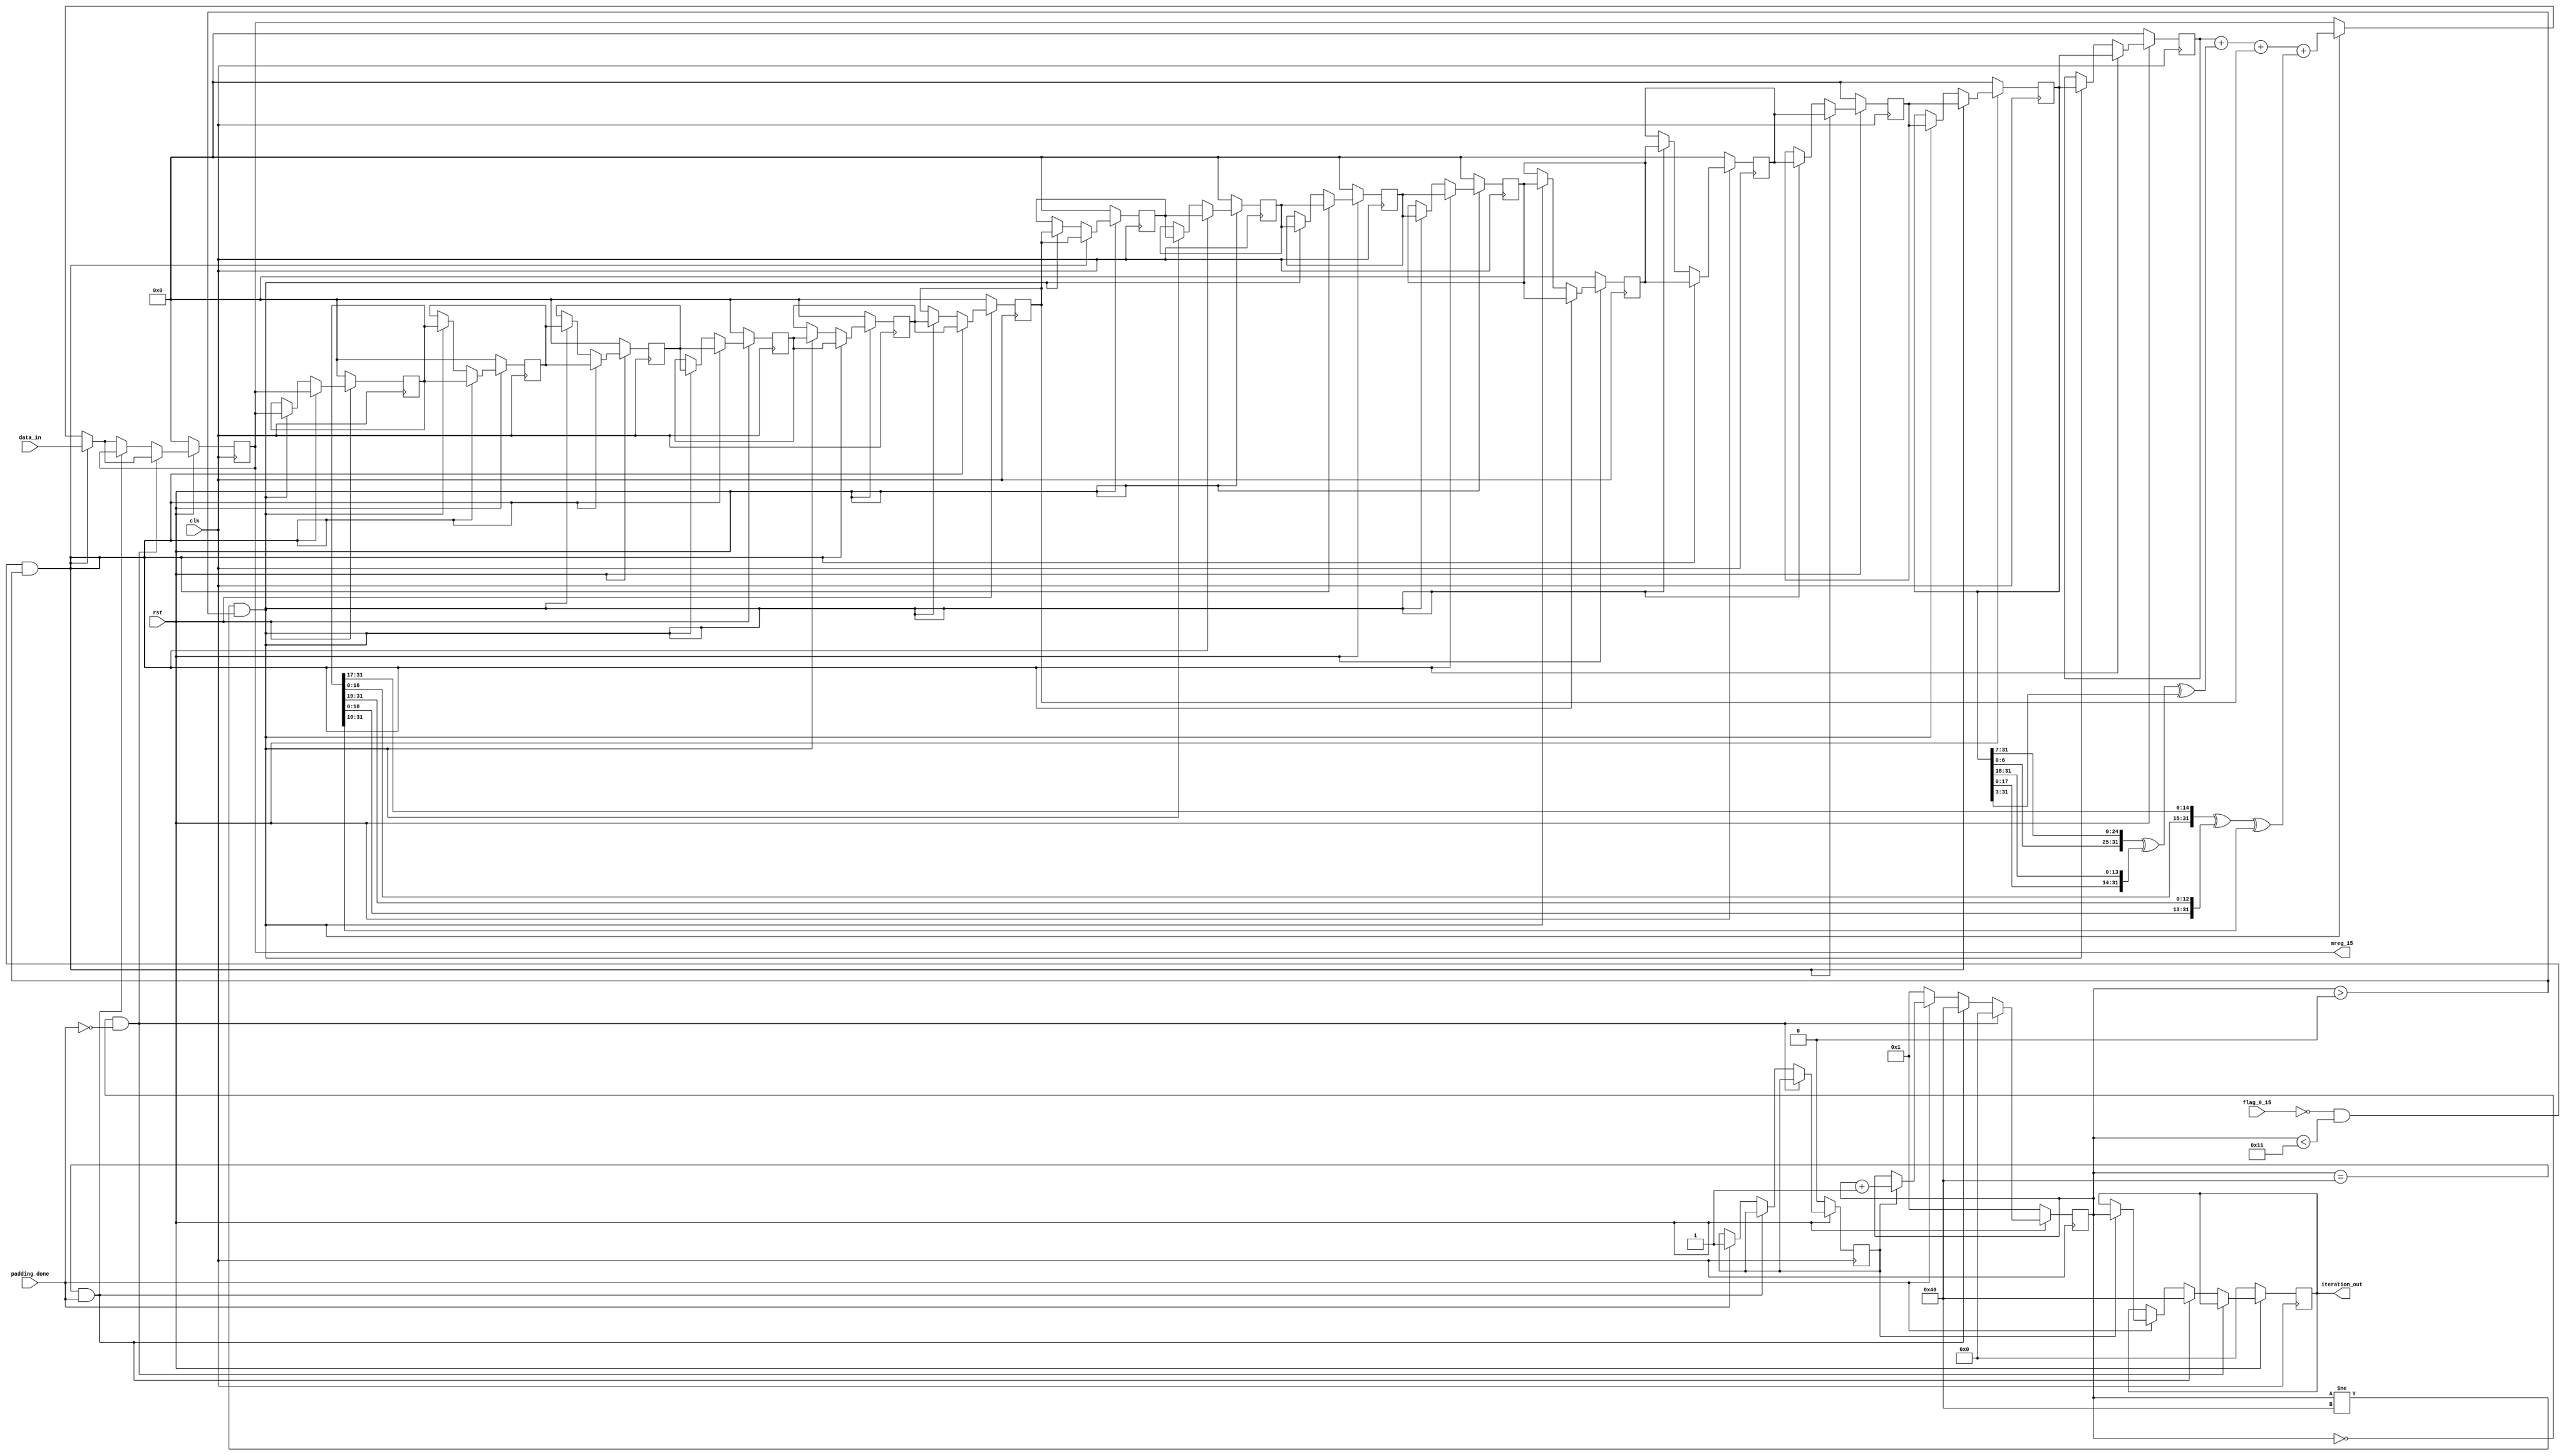
`timescale 1ns / 1ps
//////////////////////////////////////////////////////////////////////////////////
// Company: 
// Engineer: 
// 
// Design Name: 
// Module Name:    m_scheduler 
// Project Name: 
// Target Devices: 
// Tool versions: 
// Description: 
//
// Dependencies: 
//
// Revision: 
// Revision 0.01 - File Created
// Additional Comments: 
//
//////////////////////////////////////////////////////////////////////////////////
module m_scheduler(input clk,rst,flag_0_15,padding_done,input [31:0] data_in,
							output reg [31:0] mreg_15,output reg [6:0] iteration_out
					);  //counter counter_iteration out to increment addresses of 4 pointr from 512-block 
		
		
		reg temp_case;
		reg [6:0] counter_iteration;
		(*S="TRUE"*) reg [31:0] mreg_0,mreg_1,mreg_2,mreg_3,mreg_4,mreg_5,mreg_6,mreg_7,mreg_8,mreg_9,mreg_10,mreg_11,mreg_12,mreg_13,mreg_14;
		wire [31:0] sigma_0,sigma_1,m_in_mreg15;
		
		assign sigma_0=({mreg_1[6:0],mreg_1[31:7]} ^ {mreg_1[17:0],mreg_1[31:18]} ^ mreg_1[31:0]>>2'b11);
		assign sigma_1=({mreg_14[16:0],mreg_14[31:17]} ^ {mreg_14[18:0],mreg_14[31:19]} ^ mreg_14[31:0]>>4'b1010);
		assign m_in_mreg15=(mreg_0 + sigma_0 + mreg_9 + sigma_1);
		always@(posedge clk)
		begin
		if(rst==0)
		begin
		temp_case<=1'b0;
		iteration_out<=7'd0;
		counter_iteration<=7'd1;
		mreg_15<=32'd0;
		mreg_14<=32'd0;
		mreg_13<=32'd0;
		mreg_12<=32'd0;
		mreg_11<=32'd0;
		mreg_10<=32'd0;
		mreg_9<=32'd0;
		mreg_8<=32'd0;
		mreg_7<=32'd0;
		mreg_6<=32'd0;
		mreg_5<=32'd0;
		mreg_4<=32'd0;
		mreg_3<=32'd0;
		mreg_2<=32'd0;
		mreg_1<=32'd0;
		mreg_0<=32'd0;
		end
		else
		begin
		if(flag_0_15==0 && counter_iteration<17 && counter_iteration>0)
		begin
		mreg_15<=data_in;
		mreg_14<=mreg_15;
		mreg_13<=mreg_14;
		mreg_12<=mreg_13;
		mreg_11<=mreg_12;
		mreg_10<=mreg_11;
		mreg_9<=mreg_10;
		mreg_8<=mreg_9;
		mreg_7<=mreg_8;
		mreg_6<=mreg_7;
		mreg_5<=mreg_6;
		mreg_4<=mreg_5;
		mreg_3<=mreg_4;
		mreg_2<=mreg_3;
		mreg_1<=mreg_2;
		mreg_0<=mreg_1;
		end
		else				//flag_0_15==1 when all the 32 bit data_in from 32*16=512block has received
		begin
		if(counter_iteration!=64 && counter_iteration>0)
		begin
		mreg_15<=m_in_mreg15;
		mreg_14<=mreg_15;
		mreg_13<=mreg_14;
		mreg_12<=mreg_13;
		mreg_11<=mreg_12;
		mreg_10<=mreg_11;
		mreg_9<=mreg_10;
		mreg_8<=mreg_9;
		mreg_7<=mreg_8;
		mreg_6<=mreg_7;
		mreg_5<=mreg_6;
		mreg_4<=mreg_5;
		mreg_3<=mreg_4;
		mreg_2<=mreg_3;
		mreg_1<=mreg_2;
		mreg_0<=mreg_1;
		end
		end
			if(counter_iteration==0 && padding_done==0)
			begin
			counter_iteration<=7'd0;
			end
			else
			begin
				if(counter_iteration==64 && padding_done==1)
				begin
				counter_iteration<=7'd64;
				iteration_out<=67'd64;
				mreg_15<=mreg_15;
				end
				else
				begin
					if(padding_done==0)
					begin
					counter_iteration<=7'd1;
					end
					else
					begin
					case(temp_case)
					1'b0: temp_case<=1'b1;
					1'b1: begin
							iteration_out<=counter_iteration;
							counter_iteration<=counter_iteration+1;
							end
					endcase
					end
				end
			end
		end
		end

endmodule